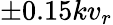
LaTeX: \pm 0.15kv_{r}